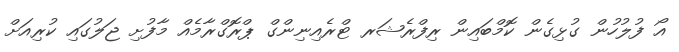
އޯ ފުލުހުން ގުޅިގެން ކޮމްބައިން ރިފްރެޝަރ ޓްރެއިނިންގް ޕްރޮގްރާމެއް މާފުށި ޖަލުގައި ކުރިއަށް